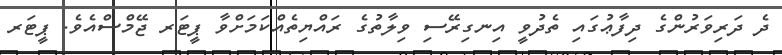
ދެ ދަރިވަރުންގެ ދިފާޢުގައި ތެދުވީ އިނގިރޭސި ވިލާތުގެ ރައްޔިތެއްކަމަށްވާ ޕީޓަރ ޖޭމްސްއެވެ. ޕީޓަރ